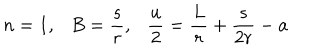
LaTeX: n = 1 , B = { \frac { s } { r } } , { \frac { u } { 2 } } = { \frac { L } { r } } + { \frac { s } { 2 r } } - a